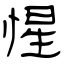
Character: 惺